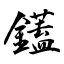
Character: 鑉